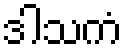
ဒါသကံ